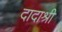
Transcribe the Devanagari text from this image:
दादाश्री